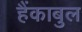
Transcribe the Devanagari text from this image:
हैंकाबुल